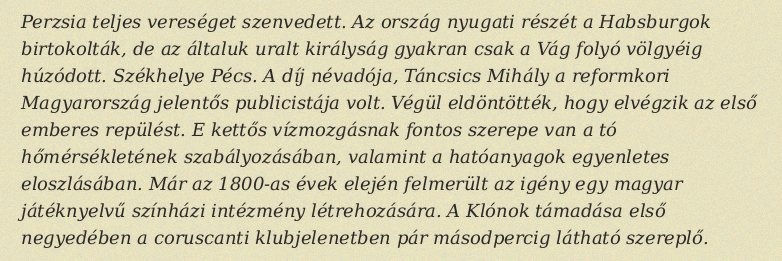
Perzsia teljes vereséget szenvedett. Az ország nyugati részét a Habsburgok birtokolták, de az általuk uralt királyság gyakran csak a Vág folyó völgyéig húzódott. Székhelye Pécs. A díj névadója, Táncsics Mihály a reformkori Magyarország jelentős publicistája volt. Végül eldöntötték, hogy elvégzik az első emberes repülést. E kettős vízmozgásnak fontos szerepe van a tó hőmérsékletének szabályozásában, valamint a hatóanyagok egyenletes eloszlásában. Már az 1800-as évek elején felmerült az igény egy magyar játéknyelvű színházi intézmény létrehozására. A Klónok támadása első negyedében a coruscanti klubjelenetben pár másodpercig látható szereplő.